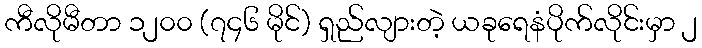
ကီလိုမီတာ ၁၂၀၀ (၇၄၆ မိုင်) ရှည်လျားတဲ့ ယခုရေနံပိုက်လိုင်းမှာ ၂